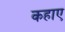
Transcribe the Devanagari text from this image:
कहाए